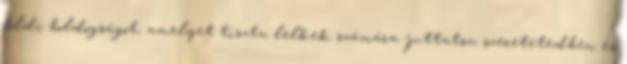
földi boldogságot, amelyet tiszta lelkek számára juttatsz, szeretetedben és